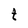
Character: t